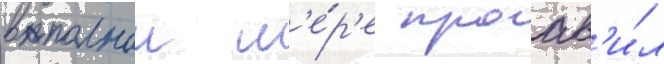
в полнои м'е́р'е проав'и́л